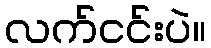
လက်ငင်းပဲ။